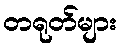
တရုတ်များ